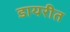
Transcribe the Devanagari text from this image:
डायरीत